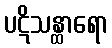
ပဋိသန္ထာရော